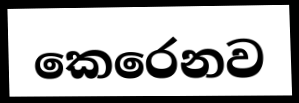
කෙරෙනව